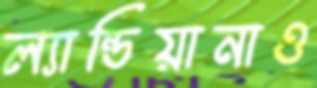
ল্যান্ডিয়ানাও